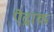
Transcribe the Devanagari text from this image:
ऎद्राक